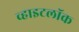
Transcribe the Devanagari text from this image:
व्हाइटलॉक